Annual administration report of the Civil Veterinary Department of India - 1897-1898
Year: 1897
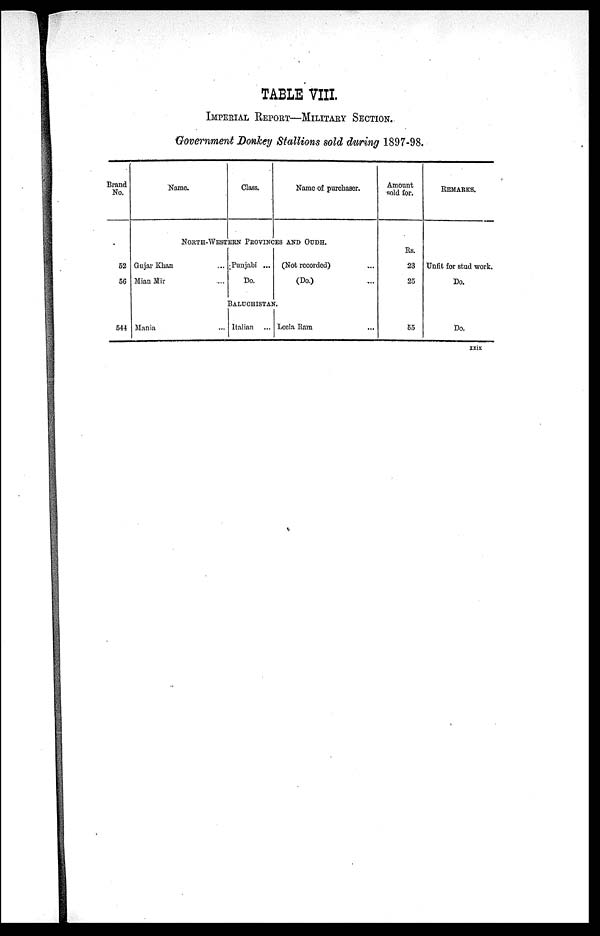
TABLE VIII.
IMPERIAL REPORT—MILITARY SECTION.
Government Donkey Stallions sold during 1897—98.
Brand
No.
52
56
Name.
Class.
Name of purchaser.
NORTH—WESTERN PROVINCES AND OUDH.
Gujar Khan ...
Mian Mir ...
Punjabi ...
Do.
(Not recorded) ...
(Do.) ...
Amount
sold for.
Rs.
23
25
REMARKS.
Unfit for stud work.
Do.
BALUCHISTAN.
544 Mania ...
Italian ...
Lcela Ram ...
55
Do.
xxix